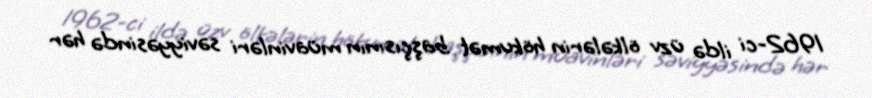
1962-ci ildə üzv ölkələrin hökumət başçısının müavinləri səviyyəsində hər